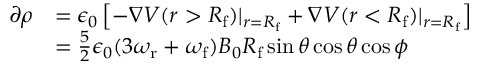
\begin{array} { r l } { \partial \rho } & { = \epsilon _ { 0 } \left[ - \boldsymbol { \nabla } V ( r > R _ { \mathrm { f } } ) \vert _ { r = R _ { \mathrm { f } } } + \boldsymbol { \nabla } V ( r < R _ { \mathrm { f } } ) \vert _ { r = R _ { \mathrm { f } } } \right] } \\ & { = \frac { 5 } { 2 } \epsilon _ { 0 } ( 3 \omega _ { \mathrm { r } } + \omega _ { \mathrm { f } } ) B _ { 0 } R _ { \mathrm { f } } \sin \theta \cos \theta \cos \phi } \end{array}